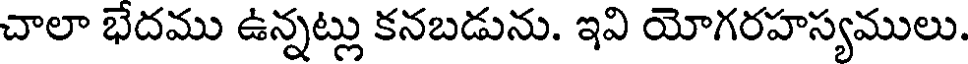
చాలా భేదము ఉన్నట్లు కనబడును. ఇవి యోగరహస్యములు.